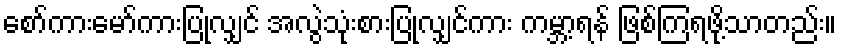
စော်ကားမော်ကားပြုလျှင် အလွဲသုံးစားပြုလျှင်ကား ကမ္ဘာ့ရန် ဖြစ်ကြရဖို့သာတည်း။